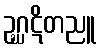
ဥဂ္ဃဋိတညူ